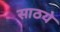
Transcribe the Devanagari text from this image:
साठये